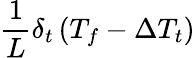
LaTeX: \frac{1}{L}\delta_{t}\left(T_{f}-\Delta T_{t}\right)